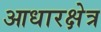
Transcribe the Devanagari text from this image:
आधारक्षेत्र